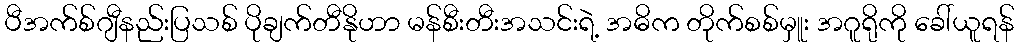
ပီအက်စ်ဂျီနည်းပြသစ် ပိုချက်တီနိုဟာ မန်စီးတီးအသင်းရဲ့ အဓိက တိုက်စစ်မှူး အဂူရိုကို ခေါ်ယူရန်